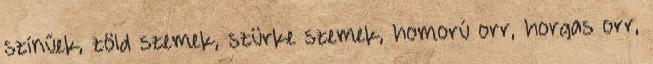
színűek, zöld szemek, szürke szemek, homorú orr, horgas orr,